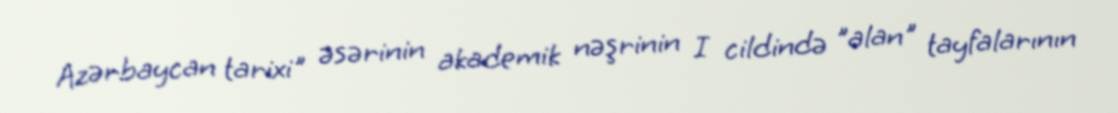
Azərbaycan tarixi" əsərinin akademik nəşrinin I cildində "alan" tayfalarının